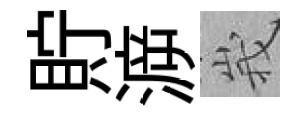
貯㴑峩